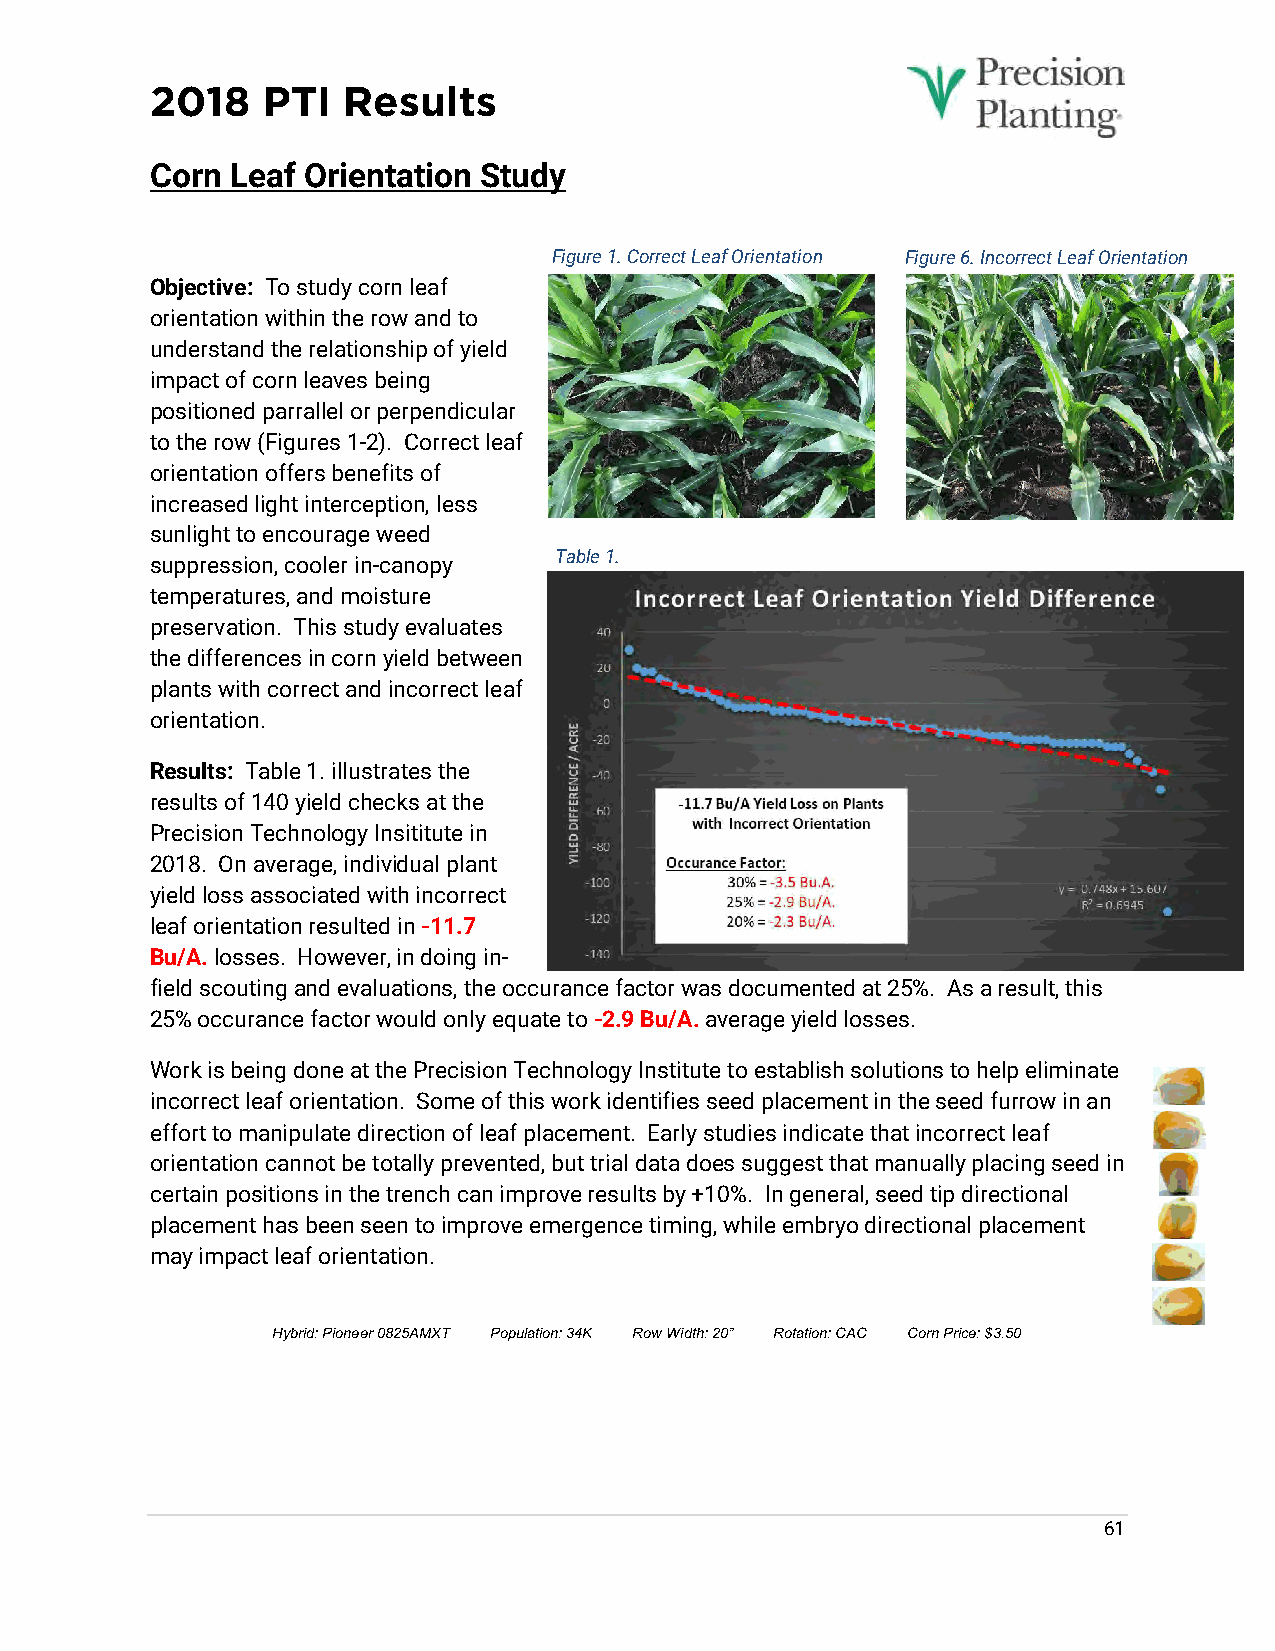
2018   PTI   Results
 Corn Leaf Orientation Study
 Figure 1. Correct Leaf Orientation Figure 6. Incorrect Leaf Orientation
 Objective: To study corn leaf
 orientation within the row and to
 understand the relationship of yield
 impact of corn leaves being
 positioned parrallel or perpendicular
 to the row (Figures 1-2). Correct leaf
 orientation offers benefits of
 increased light interception, less
 sunlight to encourage weed
 Table 1.
 suppression, cooler in-canopy
 temperatures, and moisture
 preservation. This study evaluates
 the differences in corn yield between
 plants with correct and incorrect leaf
 orientation.
 Results: Table 1. illustrates the
 results of 140 yield checks at the
 Precision Technology Insititute in
 2018. On average, individual plant
 yield loss associated with incorrect
 leaf orientation resulted in -11.7
 Bu/A. losses. However, in doing in-
 field scouting and evaluations, the occurance factor was documented at 25%. As a result, this
 25% occurance factor would only equate to -2.9 Bu/A. average yield losses.
 Work is being done at the Precision Technology Institute to establish solutions to help eliminate
 incorrect leaf orientation. Some of this work identifies seed placement in the seed furrow in an
 effort to manipulate direction of leaf placement. Early studies indicate that incorrect leaf
 orientation cannot be totally prevented, but trial data does suggest that manually placing seed in
 certain positions in the trench can improve results by +10%. In general, seed tip directional
 placement has been seen to improve emergence timing, while embryo directional placement
 may impact leaf orientation.
 Hybrid: Pioneer 0825AMXT Population: 34K Row Width: 20” Rotation: CAC Corn Price: $3.50
 61